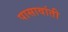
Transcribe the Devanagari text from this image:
पासावांती